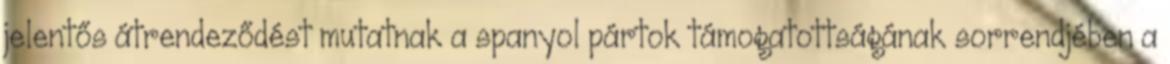
jelentős átrendeződést mutatnak a spanyol pártok támogatottságának sorrendjében a